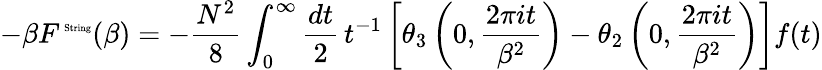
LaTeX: -\beta F^{\mathrm{{\tiny~String}}}(\beta)=-\frac{N^{2}}{8}\int_{0}^{\infty}\frac{dt}{2}\, t^{-1}\left[\theta_{3}\left(0,\frac{2\pi it}{\beta^{2}}\right)-\theta_{2}\left(0,\frac{2\pi it}{\beta^{2}}\right)\right]f(t)